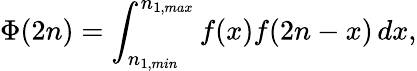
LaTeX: \Phi(2n)=\int_{n_{1,min}}^{n_{1,max}}f(x)f(2n-x)\, dx,